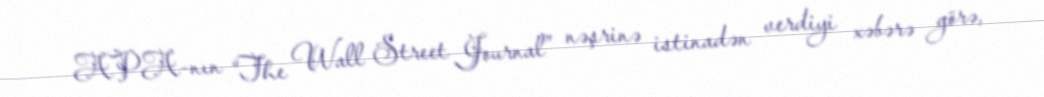
APA-nın “The Wall Street Journal” nəşrinə istinadən verdiyi xəbərə görə,